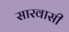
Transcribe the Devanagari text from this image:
सारवासी